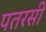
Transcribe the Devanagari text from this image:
पतरसी